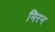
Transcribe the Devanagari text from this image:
मिरन